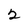
Character: 2